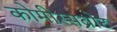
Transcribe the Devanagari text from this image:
कोमीस्सब्रोट